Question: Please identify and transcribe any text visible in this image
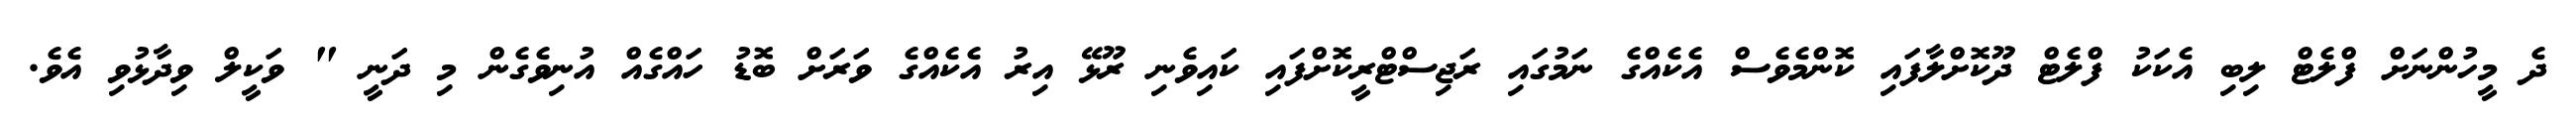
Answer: ދެ މީހުންނަށް ފްލެޓް ލިބި އެކަކު ފްލެޓް ދޫކޮށްލާފައި ކޮންމެވެސް އެކެއްގެ ނަމުގައި ރަޖިސްޓްރީކޮށްފައި ކައިވެނި ރޫޅޭ އިރު އެކެއްގެ ވަރަށް ބޮޑު ހައްގެއް އުނިވެގެން މި ދަނީ " ވަކީލް ވިދާޅުވި އެވެ.